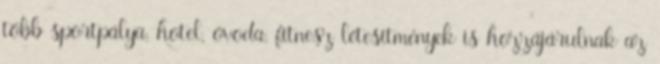
több sportpálya, hotel, óvoda, fitnesz létesítmények is hozzájárulnak az